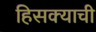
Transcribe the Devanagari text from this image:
हिसक्याची